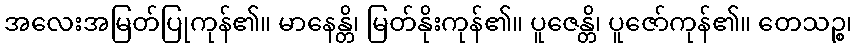
အလေးအမြတ်ပြုကုန်၏။ မာနေန္တိ၊ မြတ်နိုးကုန်၏။ ပူဇေန္တိ၊ ပူဇော်ကုန်၏။ တေသဉ္စ၊